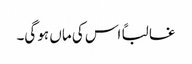
غالباً اس کی ماں ہو گی۔